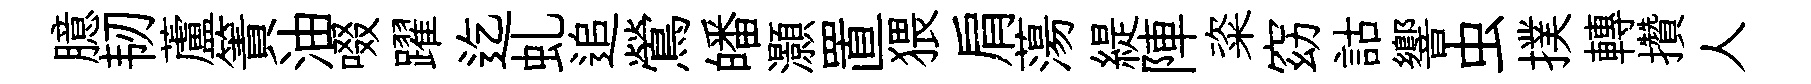
臆韧蘆簀油啜躍迄虬追鶯皤灝置猥肩蕩緹陣粢窈詁響虫撲轉攢人